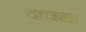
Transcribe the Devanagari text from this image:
छानसा